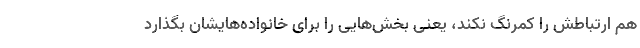
هم ارتباطش را کمرنگ نکند، یعنی بخش‌هایی را برای خانواده‌هایشان بگذارد